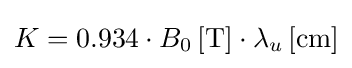
K=0.934\cdot B_{0}\,{\text{[T]}}\cdot \lambda _{u}\,{\text{[cm]}}